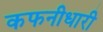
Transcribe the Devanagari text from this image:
कफनीधारी